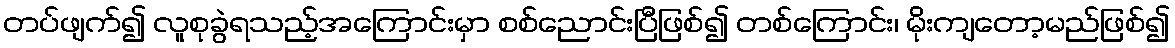
တပ်ဖျက်၍ လူစုခွဲရသည့်အကြောင်းမှာ စစ်ညောင်းပြီဖြစ်၍ တစ်ကြောင်း၊ မိုးကျတော့မည်ဖြစ်၍